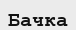
Бачка